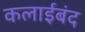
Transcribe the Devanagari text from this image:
कलाईबंद